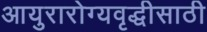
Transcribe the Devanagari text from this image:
आयुरारोग्यवृद्धीसाठी